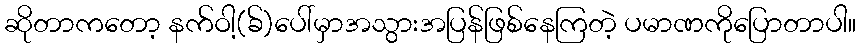
ဆိုတာကတော့ နက်ဝါ့(ခ်)ပေါ်မှာအသွားအပြန်ဖြစ်နေကြတဲ့ ပမာဏကိုပြောတာပါ။